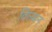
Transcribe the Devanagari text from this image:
विलमन